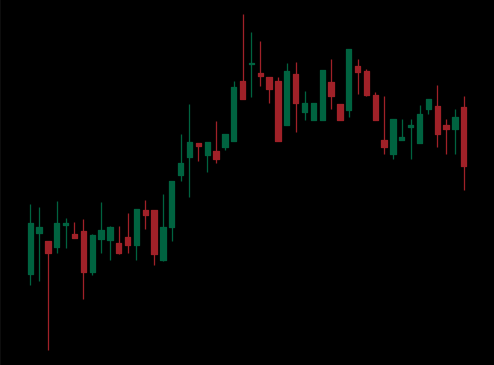
Pattern: bear_flag